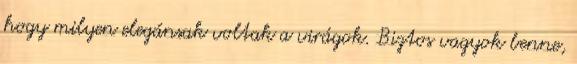
hogy milyen elegánsak voltak a virágok. Biztos vagyok benne,